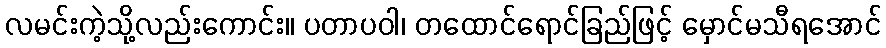
လမင်းကဲ့သို့လည်းကောင်း။ ပတာပဝါ၊ တထောင်ရောင်ခြည်ဖြင့် မှောင်မသီရအောင်